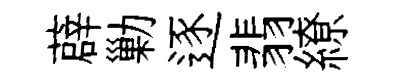
薜勦逐翡繚